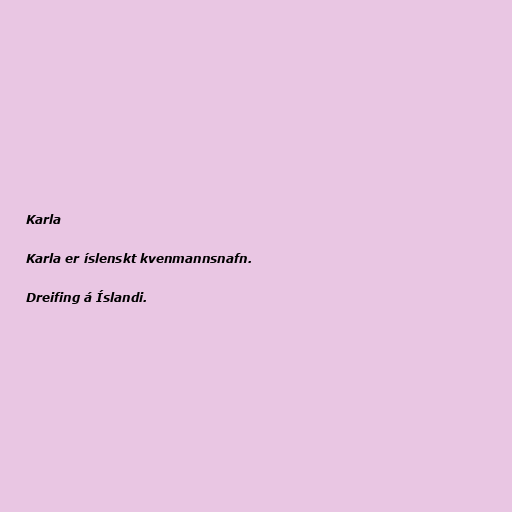
Karla

Karla er íslenskt kvenmannsnafn.

Dreifing á Íslandi.